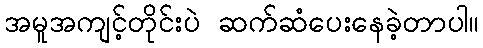
အမူအကျင့်တိုင်းပဲ ဆက်ဆံပေးနေခဲ့တာပါ။